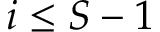
i \leq S - 1